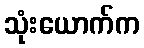
သုံးယောက်က